Civil Veterinary Dept. Assam report 1927-50 - 1927-1950
Year: 1927
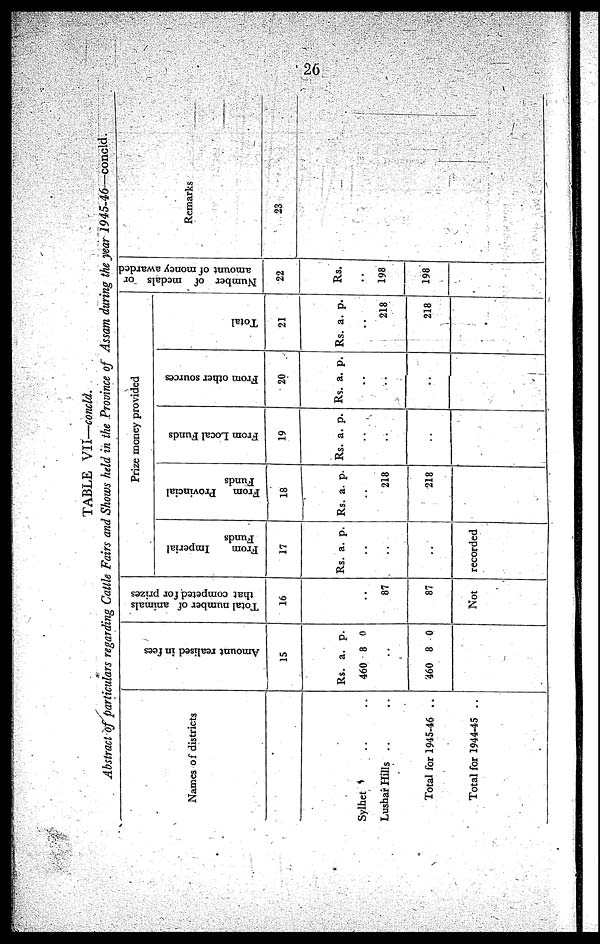
26
TABLE VII—concld.
Abstract of particulars regarding Cattle Fairs and Shows held in the Province of Assam during the year 1945-46—concld.
Names of districts
Sylhet .. ..
Lushar Hills .. ..
Total for 1945-46 ..
Total for 1944-45 ..
Amo u n t r e a l i s e d in fees
15
Rs.
460
a.
8
p.
0
..
460 8 0
Total number of animals
that competed for prizes
16
..
87
87
Prize money provided
From Imperial
Funds
17
Rs. a. p.
..
..
..
Not
recorded
Fr om Provincial
Funds
18
Rs. a . p.
..
218
218
From Local Funds
19
Rs. a. p.
..
..
..
Fr om ot he r s our c e s
20
Rs. a . p.
..
..
..
Total
21
Rs. a. p.
..
2
2
18
18
Number of medals or
amount of money awarded
22
Rs.
..
198
198
Remarks
23